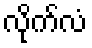
လိုက်လံ